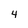
Character: 4